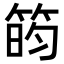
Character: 𬕐